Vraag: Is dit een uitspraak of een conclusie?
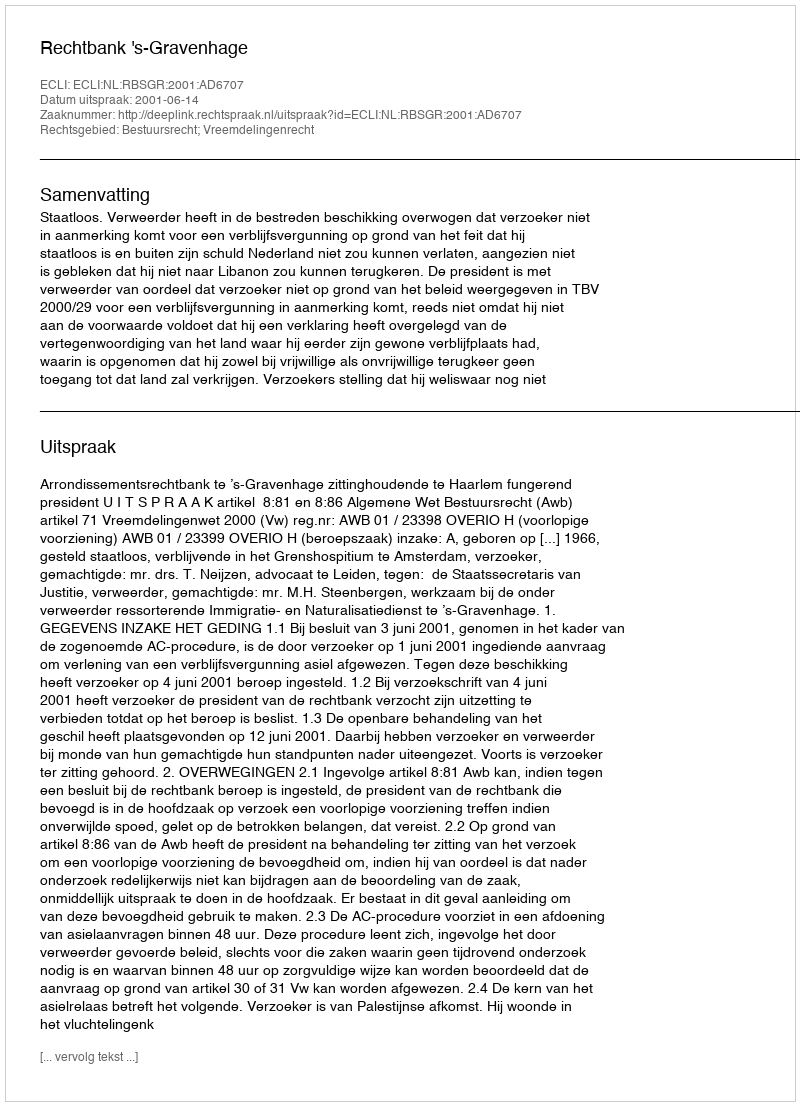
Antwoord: Uitspraak